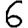
Digit: 6